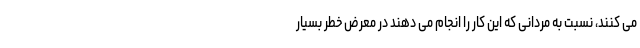
می کنند، نسبت به مردانی که این کار را انجام می دهند در معرض خطر بسیار